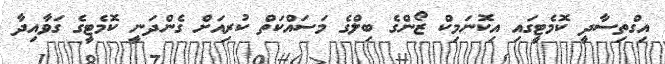
އިގްތިސާދީ ކޮމެޓީގައި އިކޮނަމިކް ޒޯންގެ ބިލްގެ މަސައްކަތް ކުރިއަށް ގެންދަނީ ކޮމެޓީގެ ގަވާއިދާ